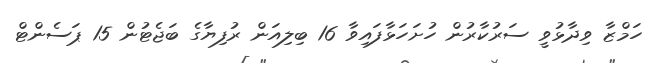
ހަމްޒާ ވިދާޅުވީ ސަރުކާރުން ހުށަހަޅާފައިވާ 16 ބިލިއަން ރުފިޔާގެ ބަޖެޓުން 15 ޕަސެންޓް